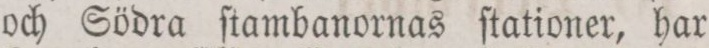
och Södra ſtambanornas ſtationer, har